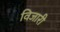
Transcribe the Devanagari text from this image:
विजारी